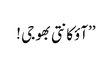
’’آؤکانتی بھوجی !